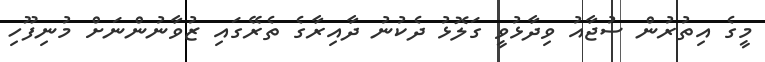
މީގެ އިތުރުން ސުޖާއު ވިދާޅުވީ ގަލޮޅު ދެކުނު ދާއިރާގެ ތެރޭގައި ޒުވާނުންނަށް މުނިފޫހި